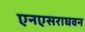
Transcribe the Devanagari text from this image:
एनएसराघवन